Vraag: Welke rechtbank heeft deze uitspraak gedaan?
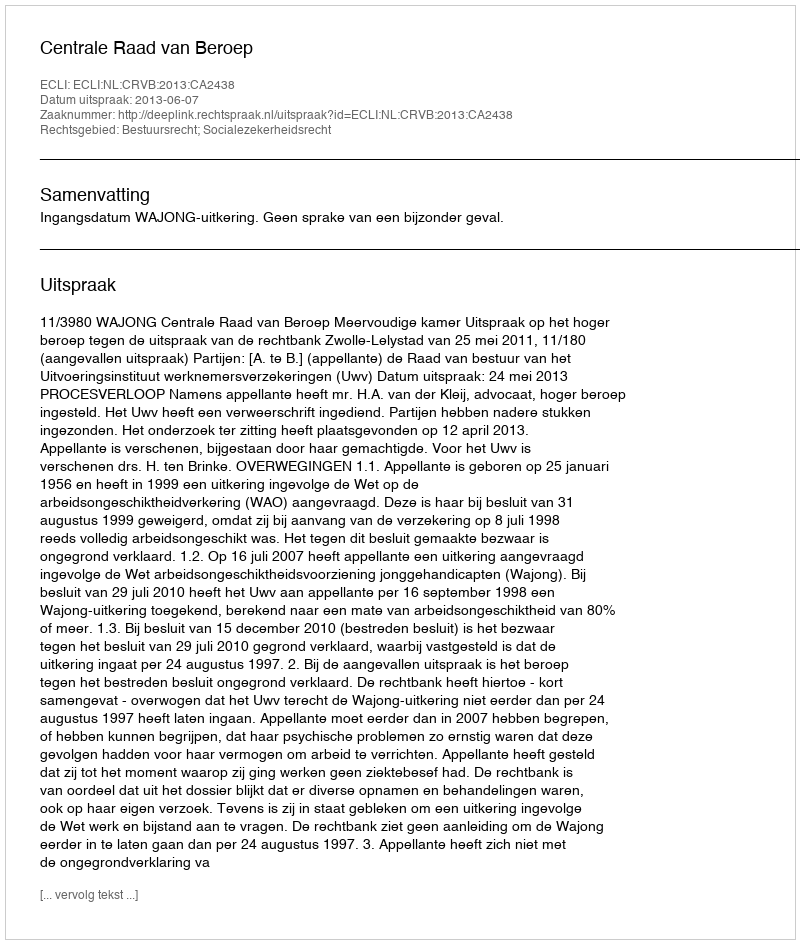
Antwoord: Centrale Raad van Beroep